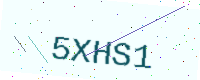
Text: 5XHS1